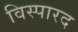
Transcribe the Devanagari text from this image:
विस्पारद